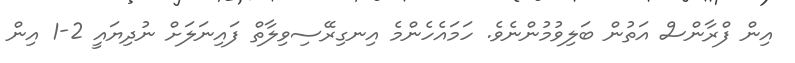
އިން ފްރާންސް އަތުން ބަލިވުމުންނެވެ. ހަމައެހެންމެ އިނގިރޭސިވިލާތް ފައިނަލަށް ނުދިޔައީ 2-1 އިން